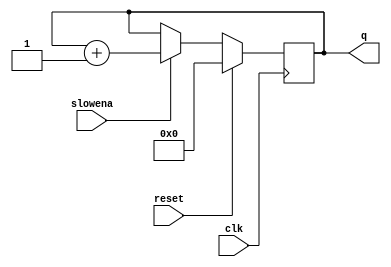
module top_module (
    input clk,
    input slowena,
    input reset,
    output [3:0] q);

    reg [3:0] counter;
    reg enable;

    always @(posedge clk) begin
        if (reset) begin
            counter <= 0;
            enable <= 1;
        end else begin
            if (slowena) begin
                counter <= counter + 1;
            end
        end
    end

    assign q = counter;

endmodule